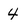
Character: 4